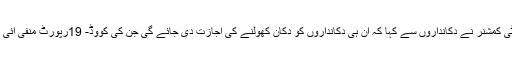
ڈپٹی کمشنر نے دکانداروں سے کہا کہ ان ہی دکانداروں کو دکان کھولنے کی اجازت دی جائے گی جن کی کووِڈ- 19رپورٹ منفی آئی ہو۔